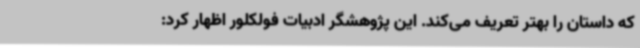
که داستان را بهتر تعریف می‌کند. این پژوهشگر ادبیات فولکلور اظهار کرد: